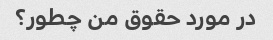
در مورد حقوق من چطور؟